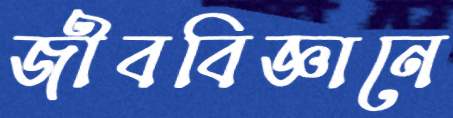
জীববিজ্ঞানে